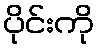
ပိုင်းကို